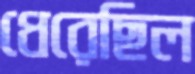
ধেরেছিল